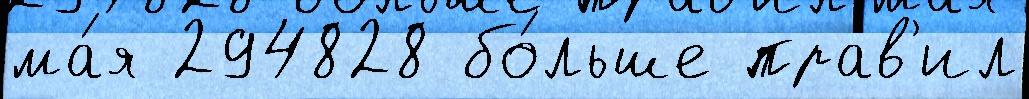
ма́я 294828 бо́льше прав'ил